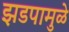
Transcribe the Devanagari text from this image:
झडपामुळे